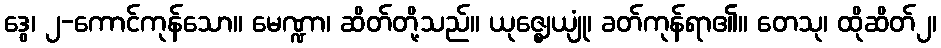
ဒွေ၊ ၂-ကောင်ကုန်သော။ မေဏ္ဍာ၊ ဆိတ်တို့သည်။ ယုဇ္ဈေယျုံ၊ ခတ်ကုန်ရာ၏။ တေသု၊ ထိုဆိတ်၂၊